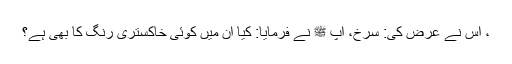
، اُس نے عرض کی: سرخ، آپ ﷺ نے فرمایا: کیا اُن میں کوئی خاکستری رنگ کا بھی ہے؟